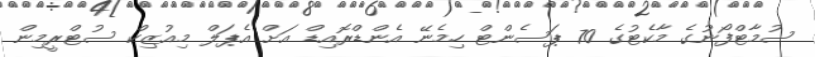
ސުމާޓްފޯނުގެ މާކެޓުގެ 70 ޕަސެންޓް ހިމެނޭ އެންޑްރޮއިޑް އަށް އެޕަލް މިއުޒިކް ސުޓްރީމިން